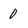
Character: 0